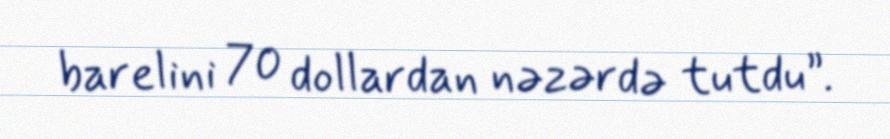
barelini 70 dollardan nəzərdə tutdu”.